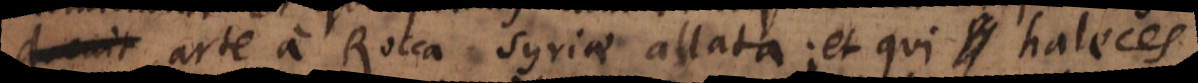
,, arte a Rocca Syriae allata; et qui haleces